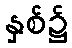
နှစ်၌